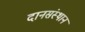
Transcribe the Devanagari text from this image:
दानसंस्थान